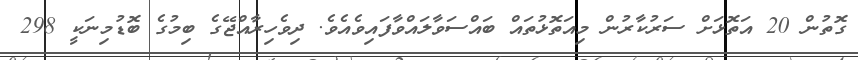
ގޮތުން 20 އަތޮޅަށް ސަރުކާރުން މިއަތޮޅުތައް ބައްސަވާލައްވާފައިވެއެވެ. ދިވެހިރާއްޖޭގެ ބިމުގެ ބޮޑުމިނަކީ 298